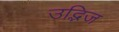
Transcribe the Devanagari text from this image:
उद्भिज